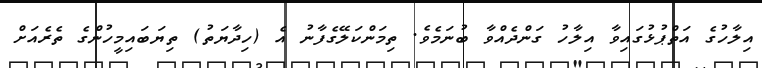
އިލާހުގެ އަތްޕުޅުގައިވާ އިލާހު ގަންދެއްވާ ބުނަމެވެ. ތިމަންކަލޭގެފާނު އެ (ހިދާޔަތު) ތިޔަބައިމީހުންގެ ތެރެއަށް